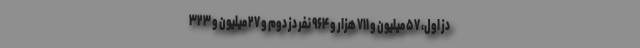
دُز اول، ۵۷ میلیون و ۷۱۱ هزار و ۹۶۴ نفر دُز دوم و ۲۷ میلیون و ۳۲۳